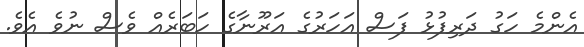
އެންމެ ހަގު ދަރިފުޅު ފަސް އަހަރުގެ އަރޫނާގެ ހަބަރެއް ވެސް ނުވެ އެވެ.